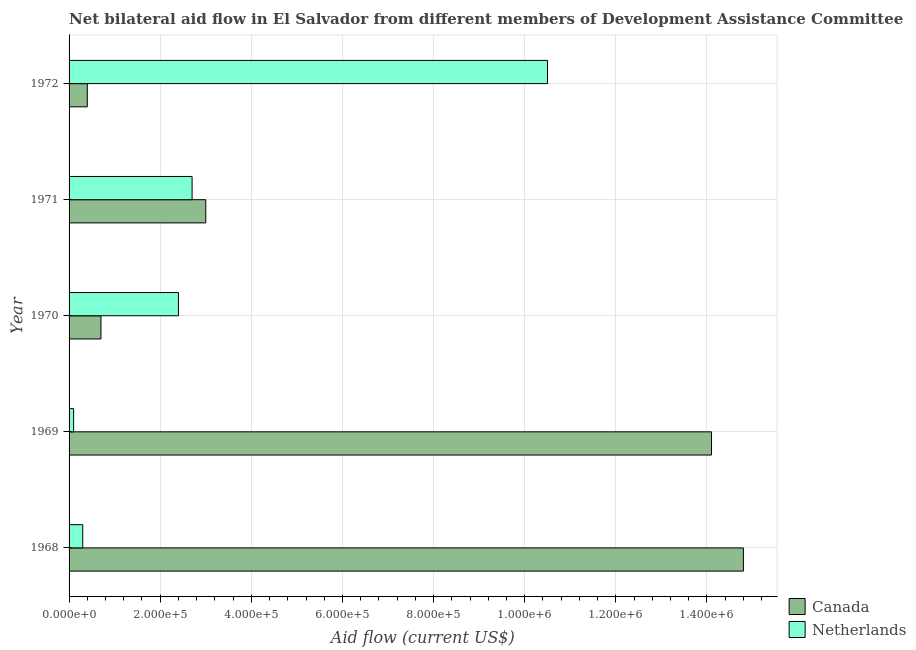
| Year | Canada | Netherlands |
 | --- | --- | --- |
 | 1968 | 1.48e+06 | 3e+04 |
 | 1969 | 1.41e+06 | 1e+04 |
 | 1970 | 7e+04 | 2.4e+05 |
 | 1971 | 3e+05 | 2.7e+05 |
 | 1972 | 4e+04 | 1.05e+06 |